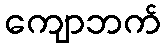
ကျောဘက်